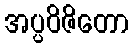
အပ္ပဝိဇိတော